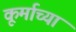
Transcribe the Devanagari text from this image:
कूर्माच्या